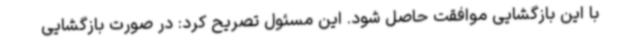
با این بازگشایی موافقت حاصل شود. این مسئول تصریح کرد: در صورت بازگشایی